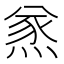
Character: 𤋌